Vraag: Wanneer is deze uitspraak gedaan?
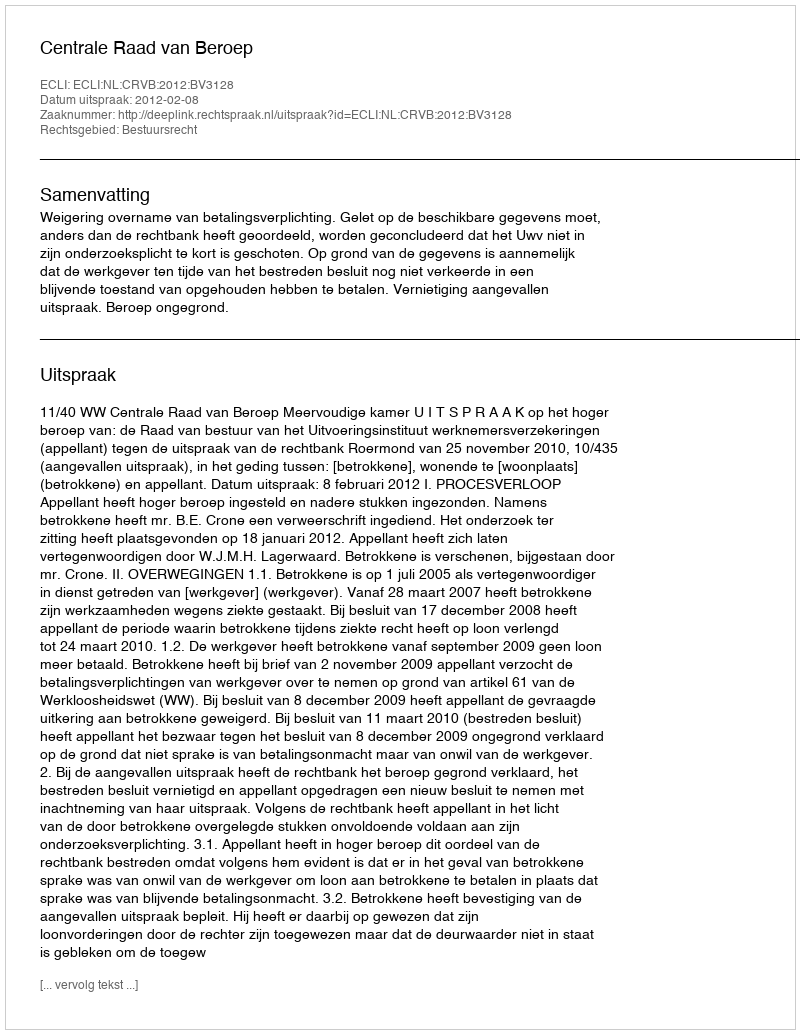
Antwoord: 2012-02-08